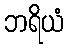
ဘရိယံ